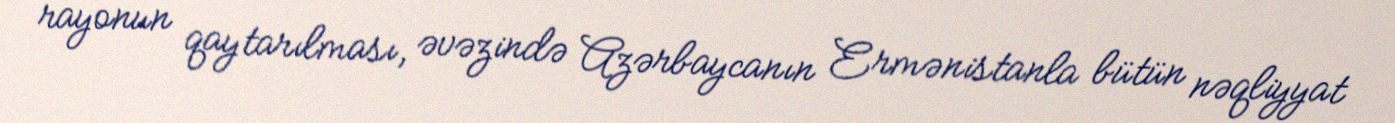
rayonun qaytarılması, əvəzində Azərbaycanın Ermənistanla bütün nəqliyyat